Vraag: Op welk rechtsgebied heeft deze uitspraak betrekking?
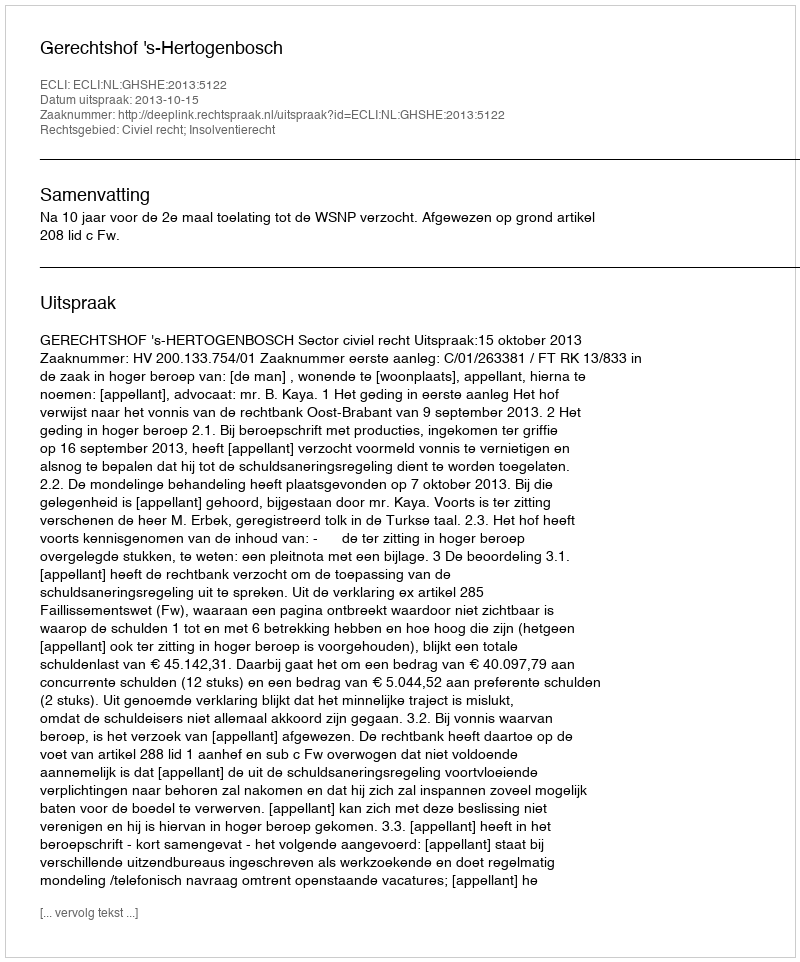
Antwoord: Civiel recht; Insolventierecht